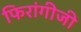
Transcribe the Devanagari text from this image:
फिरांगीजी